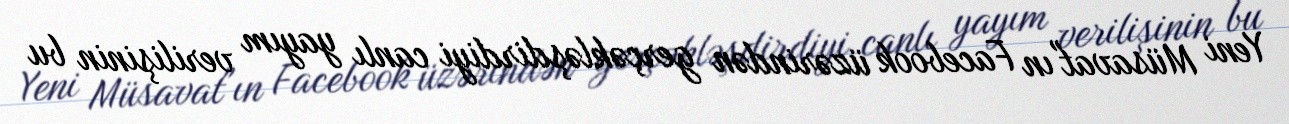
Yeni Müsavat"ın Facebook üzərindən gerçəkləşdirdiyi canlı yayım verilişinin bu